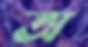
অ